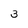
Character: 3